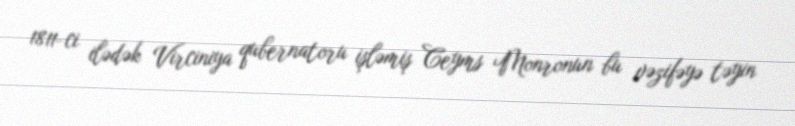
1811-ci ilədək Virciniya qubernatoru işləmiş Ceyms Monronun bu vəzifəyə təyin